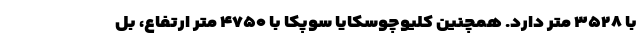
با ۳۵۲۸ متر دارد. همچنین کلیوچوسکایا سوپکا با ۴۷۵۰ متر ارتفاع، بل